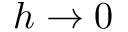
h \to 0